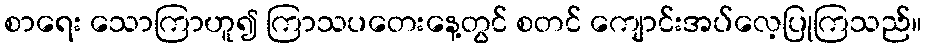
စာရေး သောကြာဟူ၍ ကြာသပတေးနေ့တွင် စတင် ကျောင်းအပ်လေ့ပြုကြသည်။